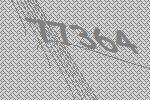
77364